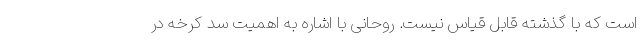
است که با گذشته قابل قیاس نیست. روحانی با اشاره به اهمیت سد کرخه در